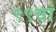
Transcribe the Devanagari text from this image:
९९वां